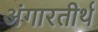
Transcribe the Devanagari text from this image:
अंगारतीर्थ